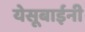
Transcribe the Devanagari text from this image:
येसूबाईनी